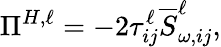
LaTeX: \Pi^{H,\ell}=-2\tau_{ij}^{\ell}\overline{{S}}_{\omega,ij}^{\ell},